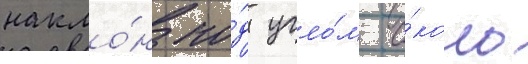
накло́н по́д угло́м о́коло